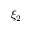
\xi _ { 2 }